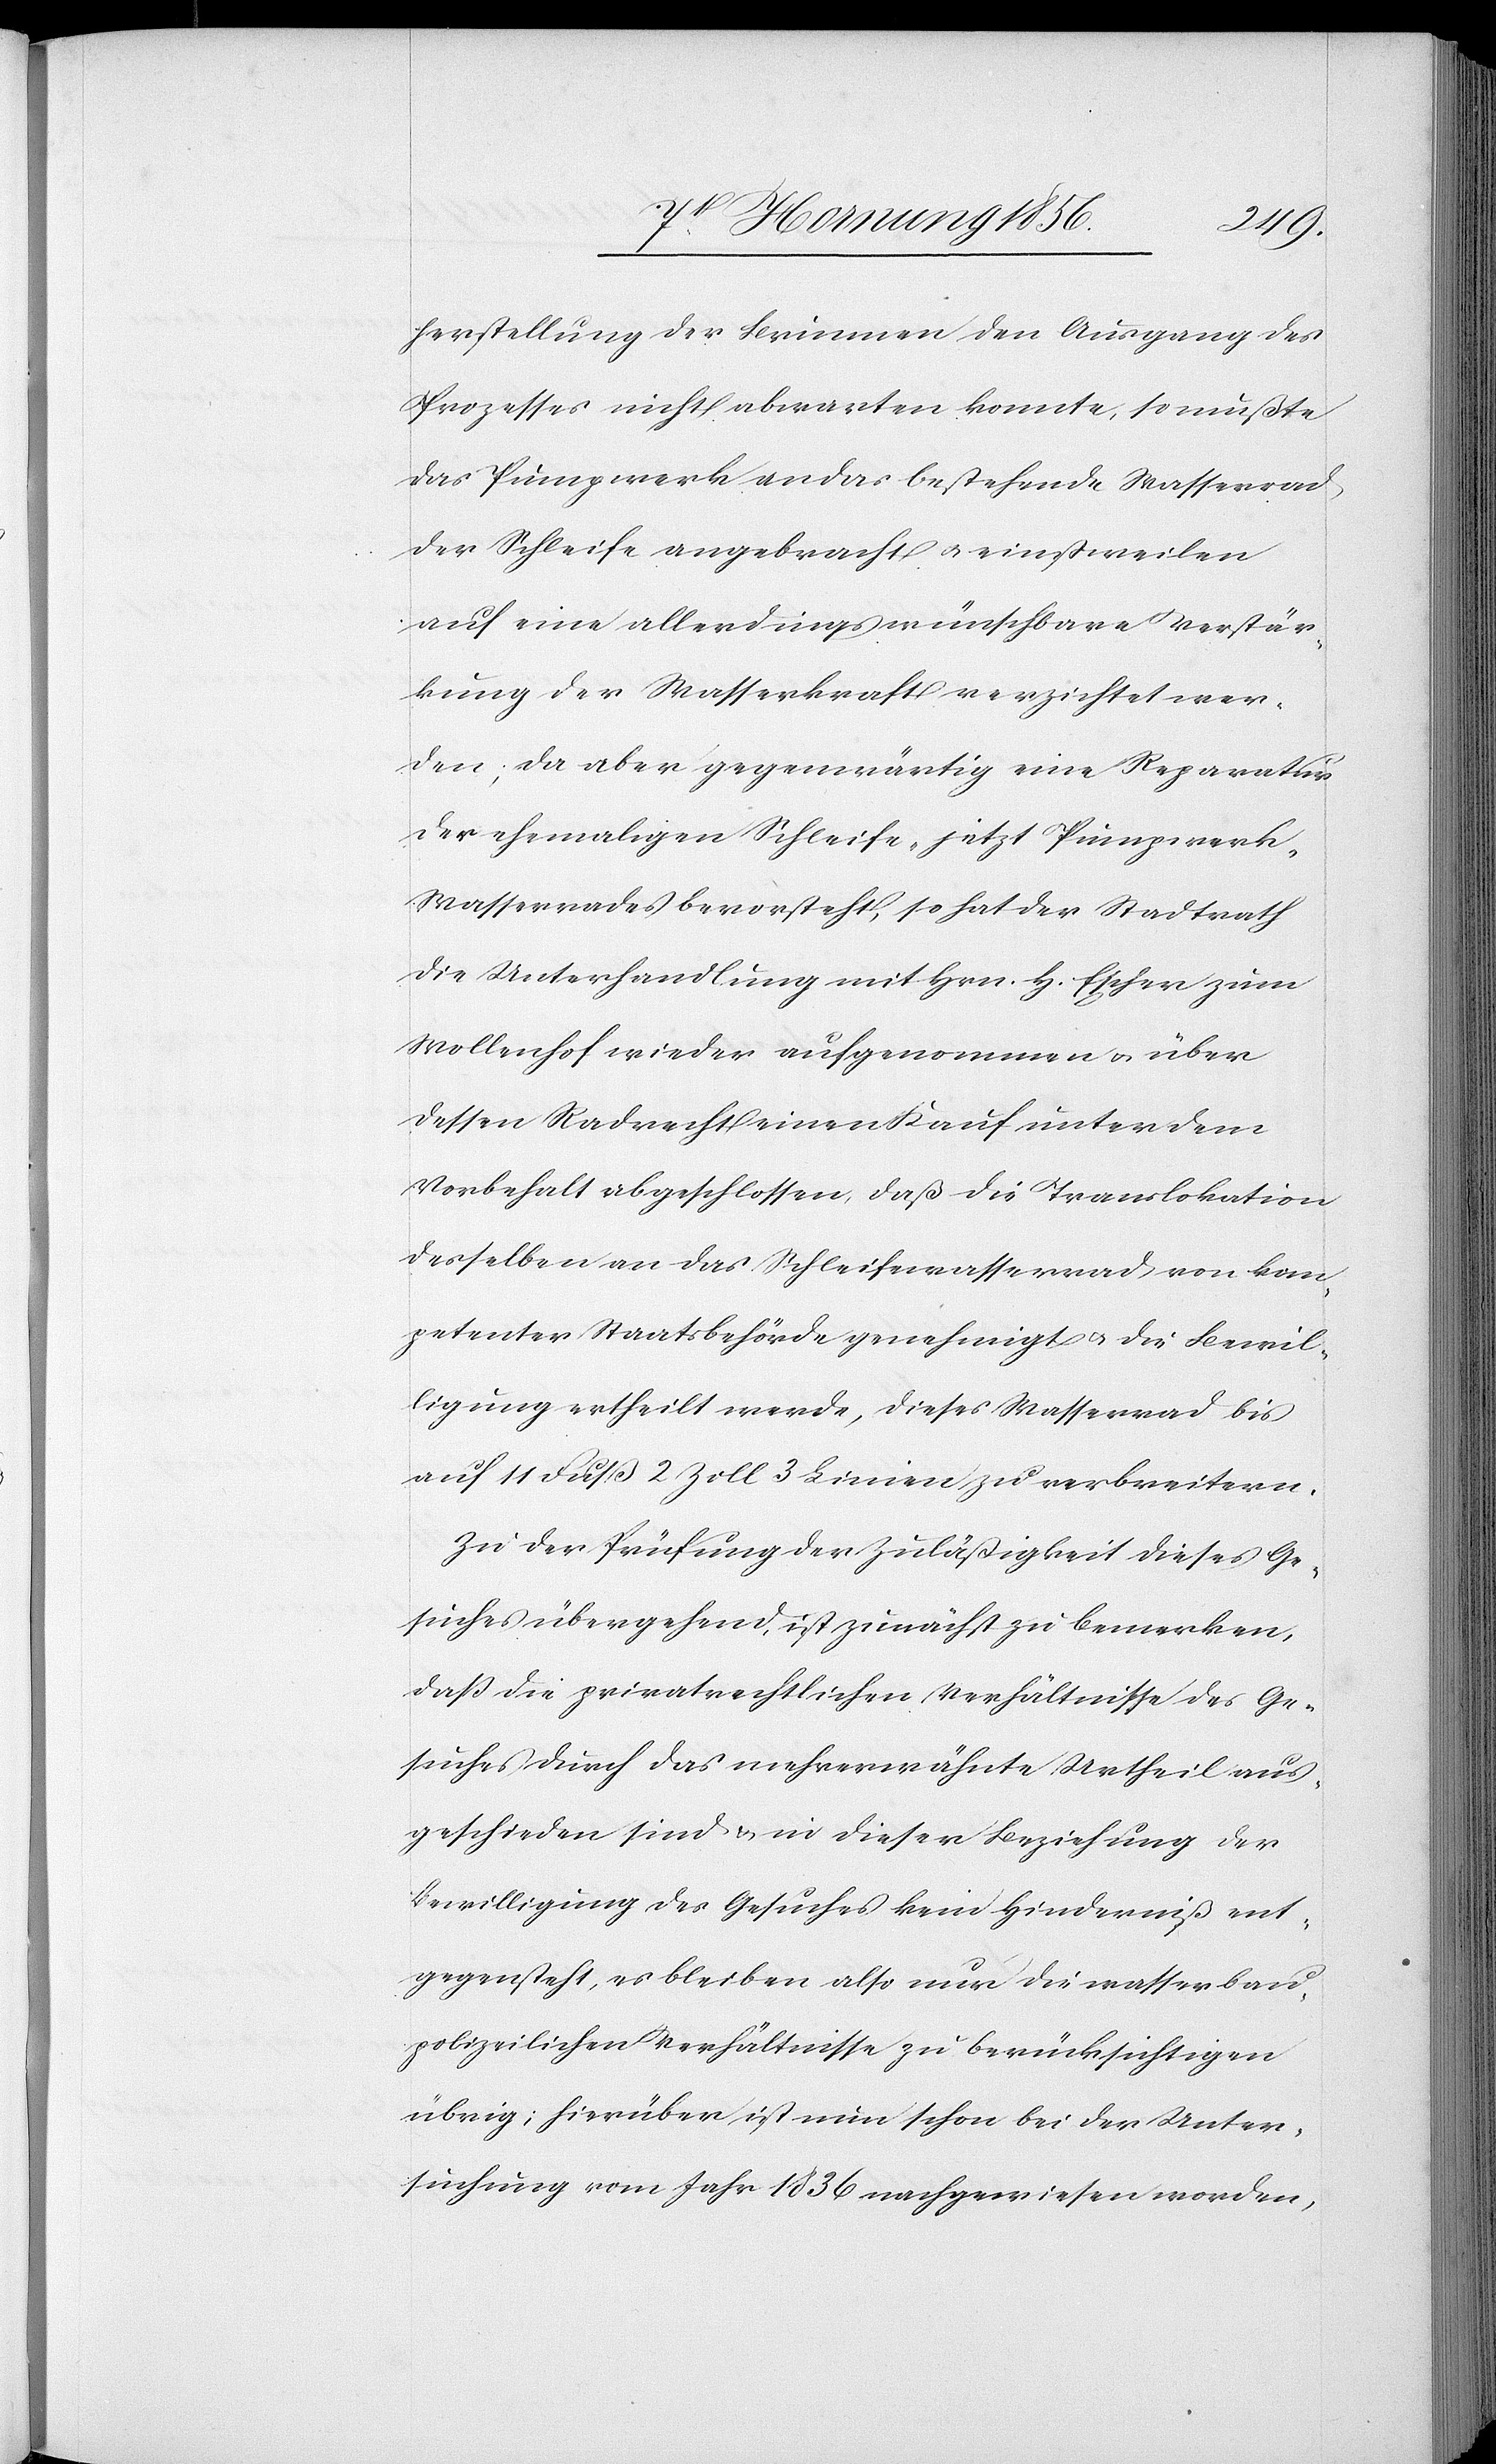
herstellung der Brunnen den Ausgang des
Prozesses nicht abwarten konnte, so mußte
das Pumpwerk an das bestehende Wasserrad
der Schleife angebracht u. einstweilen
auf eine allerdings wünschbare Verstär¬
kung der Wasserkraft verzichtet wer¬
den; da aber gegenwärtig eine Reparatur
der ehemaligen Schleife- jetzt Pumpwerk-W¬
asserrades bevorsteht, so hat der Stadtrath
die Unterhandlung mit Hrn. H. Escher zum
Wollenhof wieder aufgenommen u. über
dessen Radrecht einen Kauf unter dem
Vorbehalt abgeschlossen, daß die Translokation
derselben an das Schleifewasserrad von kom¬
petenter Staatsbehörde genehmigt u. die Bewil¬
ligung ertheilt werde, dieses Wasserrad bis
auf 11 Fuß 2 Zoll 3 Linien zu verbreitern.
Zu der Prüfung der Zuläßigkeit dieses Ge¬
suches übergehend, ist zunächst zu bemerken,
daß die privatrechtlichen Verhältnisse des Ge¬
suches durch das mehrerwähnte Urtheil aus¬
geschieden sind u. in dieser Beziehung der
Bewilligung des Gesuches kein Hinderniß ent¬
gegensteht, es bleiben also nur die wasserbau¬
polizeilichen Verhältnisse zu berücksichtigen
übrig; hierüber ist nun schon bei der Unter¬
suchung vom Jahr 1836 nachgewiesen worden,